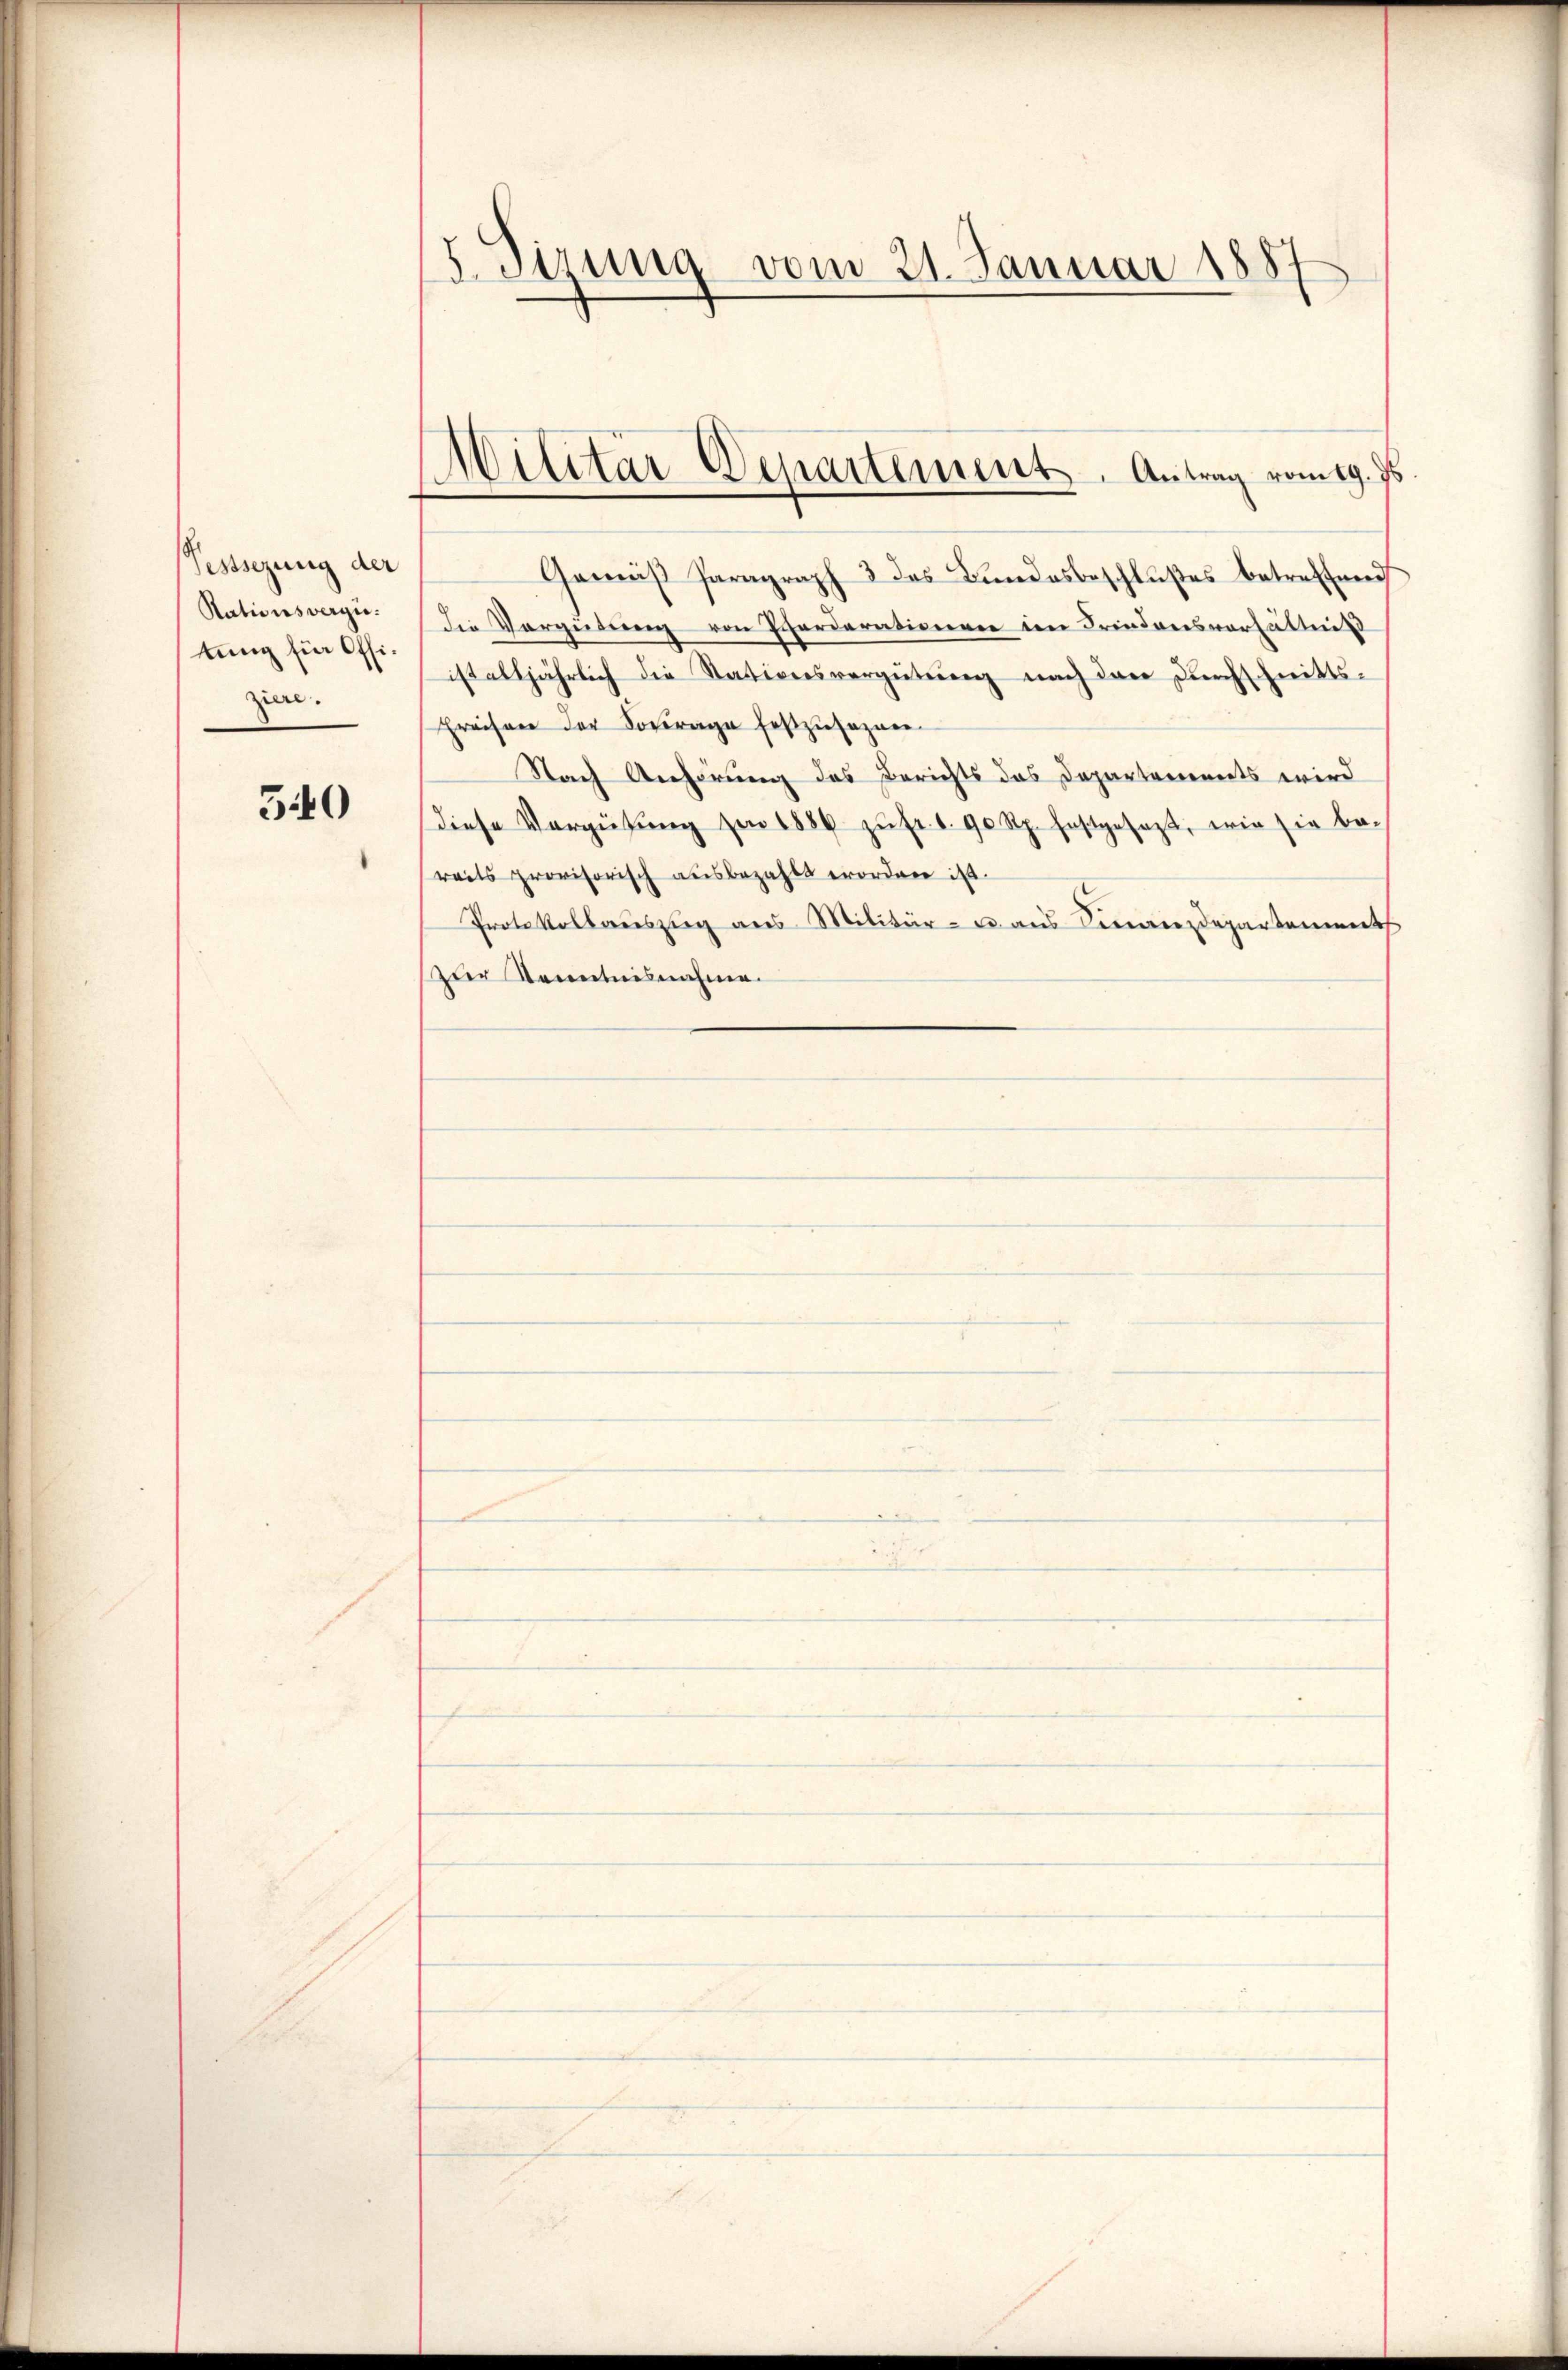
Festsezung der
Rationsvergütung für Offizur.

340

13. Sizung vom 21. Januar 1887

AMilitar Departement. Antrag vom 19. Js.

Gemäβ Paragraph 3 des Bundesbeschlŭβes betreffend
die Vergütŭng von Pferderationen im Friedensverhältnis
ist alljährlich die Stativersvergüteren nach der Durchschritts-
Freihen der Sorrage festzusagen.
Nach Anhörung des Berichts das Departements wird
Diese Vergütŭng von 1886 zŭ fr. 1. 90 Rp. festgesezt, wie sie be-
reits provisorisch ausbezahlt worden ist.
Protokollaŭszŭg aŭs Militär- u. aus Sinanzdepartement
zur Kenntnisnahme.